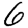
Digit: 6